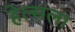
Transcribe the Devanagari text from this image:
हेल्सला